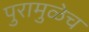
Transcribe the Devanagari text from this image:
पुरामुळेच